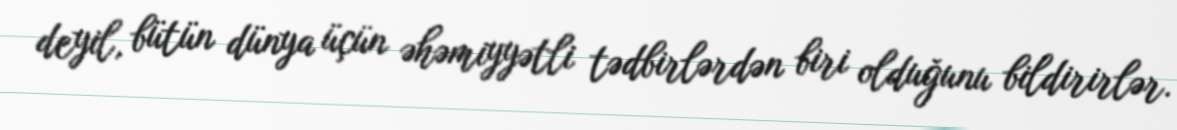
deyil, bütün dünya üçün əhəmiyyətli tədbirlərdən biri olduğunu bildirirlər.